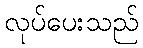
လုပ်ပေးသည်